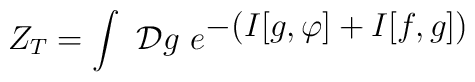
Z_T = \int \ {\cal D}g \ e^{\displaystyle{-(I[g,\varphi ] + I[f,g])}}